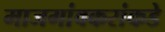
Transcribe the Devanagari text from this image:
माजगांवकरांकडे